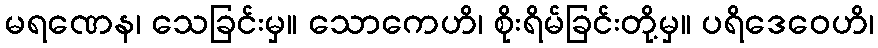
မရဏေန၊ သေခြင်းမှ။ သောကေဟိ၊ စိုးရိမ်ခြင်းတို့မှ။ ပရိဒေဝေဟိ၊